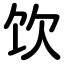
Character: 饮